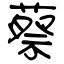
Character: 蔡